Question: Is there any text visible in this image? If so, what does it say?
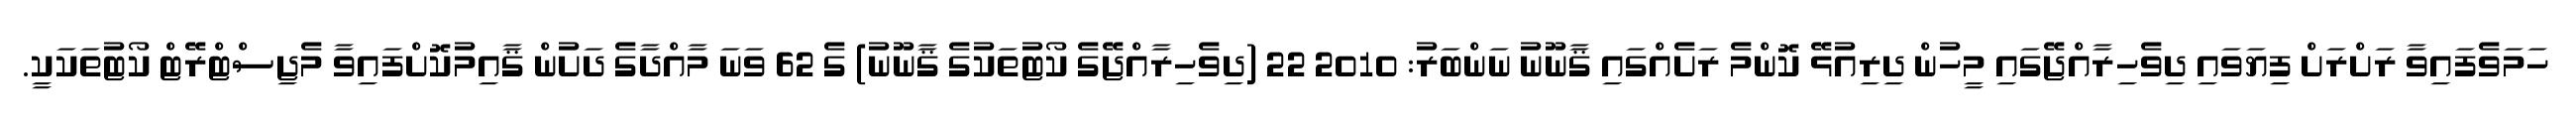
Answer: ހަމަވެފައިވާ ރަށްރަށް ފިޔަވައި ދިވެހިރާއްޖޭގައި މީހުން ދިރިއުޅޭ ކޮންމެ ރަށެއްގައި ޤާނޫނު ނަންބަރު: 2010 22 (ދިވެހިރާއްޖޭގެ ކޯޓުތަކުގެ ޤާނޫނު) ގެ 62 ވަނަ މާއްދާގެ ދަށުން ޤާއިމުކޮށްފައިވާ މެޖިސްޓްރޭޓް ކޯޓުތަކަކީ.